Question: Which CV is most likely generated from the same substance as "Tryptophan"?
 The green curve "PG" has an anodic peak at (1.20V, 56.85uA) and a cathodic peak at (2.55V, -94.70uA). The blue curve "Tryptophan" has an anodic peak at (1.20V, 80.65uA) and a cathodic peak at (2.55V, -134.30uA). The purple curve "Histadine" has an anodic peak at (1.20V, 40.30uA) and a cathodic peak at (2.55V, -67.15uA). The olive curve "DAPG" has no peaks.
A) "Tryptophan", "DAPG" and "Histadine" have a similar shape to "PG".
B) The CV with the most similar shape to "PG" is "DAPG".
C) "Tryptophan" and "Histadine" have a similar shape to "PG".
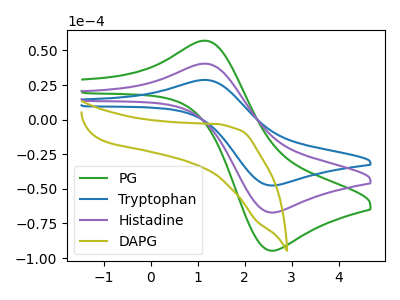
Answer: <think>All the peaks in "PG" have a peak in "Tryptophan" at the same potential. Every peak in "PG" is lower than every peak in "Tryptophan". All the peaks in "PG" have a peak in "Histadine" at the same potential. Every peak in "PG" is higher than every peak in "Histadine". "PG" and "DAPG" have a different number of peaks. All the peaks in "Tryptophan" have a peak in "Histadine" at the same potential. Every peak in "Tryptophan" is higher than every peak in "Histadine". "Tryptophan" and "DAPG" have a different number of peaks. "Histadine" and "DAPG" have a different number of peaks.
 </think>
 <answer>C) "Tryptophan" and "Histadine" have a similar shape to "PG".</answer>
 <eval>C</eval>